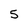
Character: 5